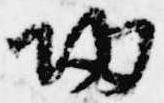
帰